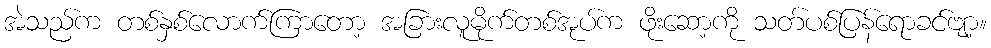
အဲသည်က တစ်နှစ်လောက်ကြာတော့ အခြားလူမိုက်တစ်အုပ်က ဖိုးဆော့ကို သတ်ပစ်ပြန်ရောခင်ဗျာ့။